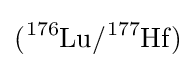
{\ce {(^{176}Lu/^{177}Hf)}}